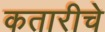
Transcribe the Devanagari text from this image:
कतारीचे